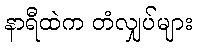
နာရီထဲက တံလျှပ်များ